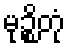
မုဉ္စိတုံ